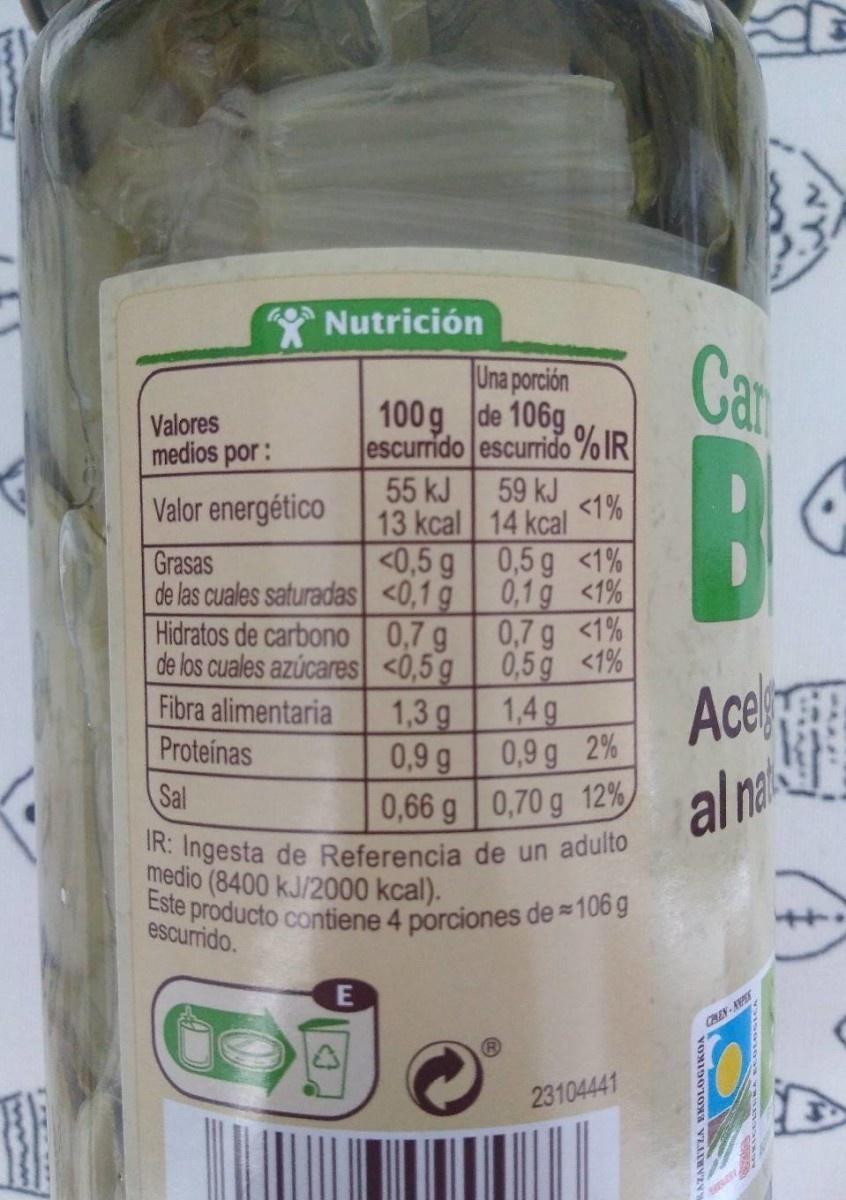
Nutrición Car Una porción 100g de 106g escurrido escurrido %IR 55 kJ 13 kcal <0,5 g 0,1 g 0,7 g 0,5g 1,3 g 0,9 g Valores medios por: B 59 kJ 1% 14 kcal 0,5 g <1% 0,1 g <1% 0,7 g <1% 0,5g <1% 1,4g 0,9 g 2% Valor energético Grasas de las cuales saturadas Hidratos de carbono de los cuales azúcares Fibra alimentaria Ace al na Proteínas 0,66 g 0,70 g 12% IR. Ingesta de Referencia de un adulto Sal medio (8400 kJ/2000 kcal). Este producto contiene 4 porciones de 106 g 22 escurrido. E CREN 23104441